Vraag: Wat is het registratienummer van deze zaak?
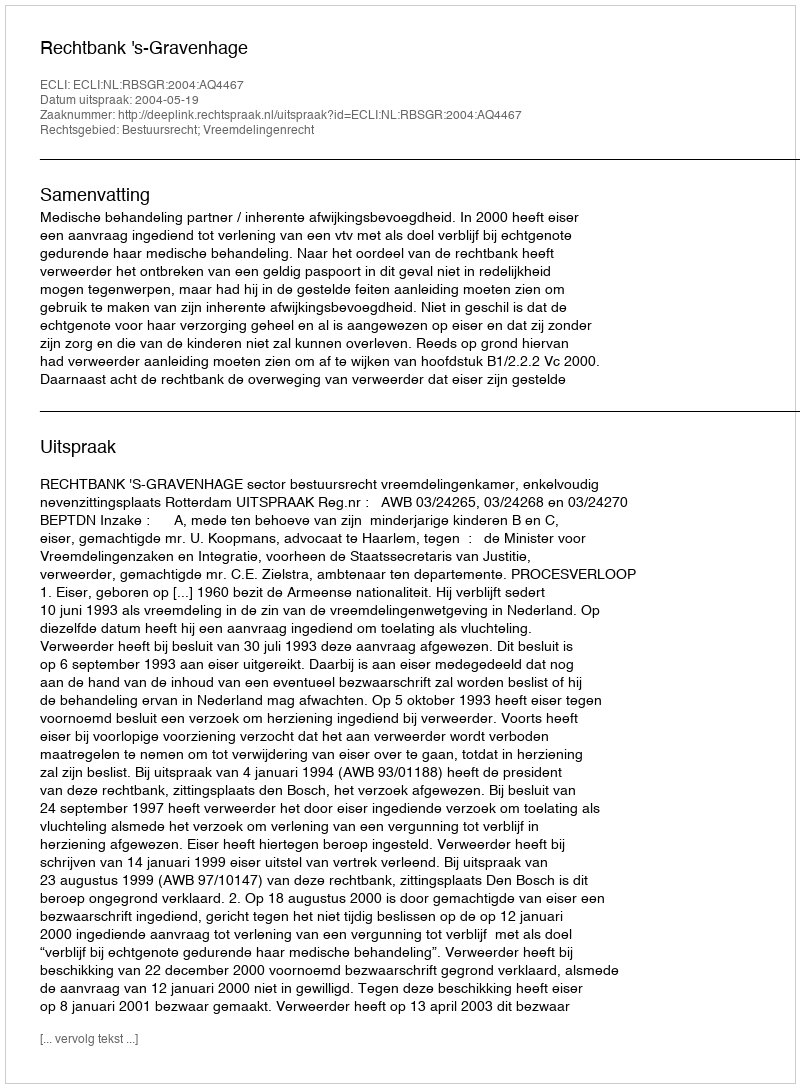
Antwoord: http://deeplink.rechtspraak.nl/uitspraak?id=ECLI:NL:RBSGR:2004:AQ4467